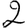
Digit: 2